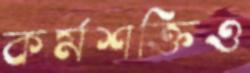
কর্মশক্তিও